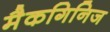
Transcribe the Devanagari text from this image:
मैकगिनिज